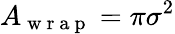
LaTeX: A_{\mathrm{~w~r~a~p~}}=\pi\sigma^{2}